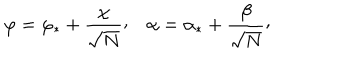
\varphi = \varphi _ { * } + { \frac { \chi } { \sqrt { N } } } \raise 2 p t \mathrm { , } \quad \alpha = \alpha _ { * } + { \frac { \beta } { \sqrt { N } } } \raise 2 p t \mathrm { , }